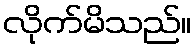
လိုက်မိသည်။